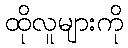
ထိုလူများကို